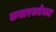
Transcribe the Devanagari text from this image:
कथारचनेच्या